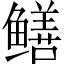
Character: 鳝